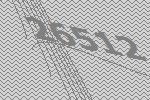
26512